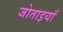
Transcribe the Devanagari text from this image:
जोताइयाँ